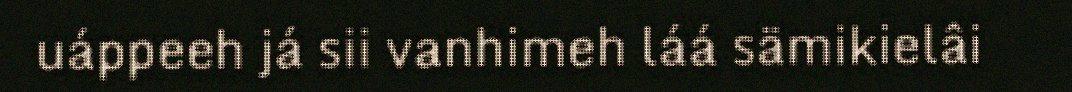
uáppeeh já sii vanhimeh láá sämikielâi